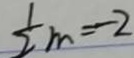
\frac { 1 } { 2 } m = - 2